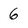
Character: 6